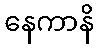
နေကာနိ